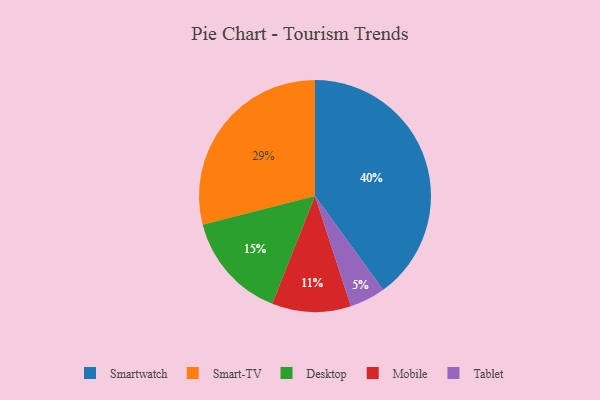
{"axis": {"x": "Category", "y": "Percentage"}, "legend": ["Desktop", "Mobile", "Smart-TV", "Smartwatch", "Tablet"], "data": [{"x": "Mobile", "y": 11, "type": "Mobile"}, {"x": "Desktop", "y": 15, "type": "Desktop"}, {"x": "Tablet", "y": 5, "type": "Tablet"}, {"x": "Smartwatch", "y": 40, "type": "Smartwatch"}, {"x": "Smart-TV", "y": 29, "type": "Smart-TV"}]}